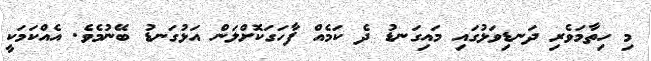
މި ހިތާމަވެރި ދަނޑިވަޅުގައި މައިގަނޑު ދެ ކަމެއް ފާހަގަކޮށްލަން އަޅުގަނޑު ބޭނުމެވެ. އެއްކަމަކީ